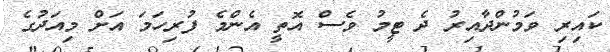
ކައިރި ވަމުންދާއިރު ދެ ޓީމު ވެސް އޮތީ އެންމެ ފުރިހަަމަ އަށް މިއަދުގެ